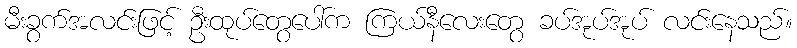
မီးခွက်အလင်းဖြင့် ဦးထုပ်တွေပေါ်က ကြယ်နီလေးတွေ ခပ်အုပ်အုပ် လင်းနေသည်။